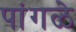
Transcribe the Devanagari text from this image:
पांगळे